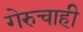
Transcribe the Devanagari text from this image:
गेरुचाही